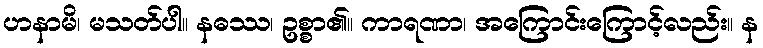
ဟနာမိ၊ မသတ်ပါ။ နဓဿ၊ ဥစ္စာ၏။ ကာရဏာ၊ အကြောင်းကြောင့်လည်း။ န